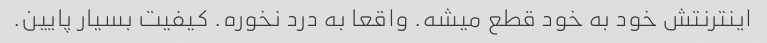
اینترنتش خود به خود قطع میشه. واقعا به درد نخوره. کیفیت بسیار پایین.